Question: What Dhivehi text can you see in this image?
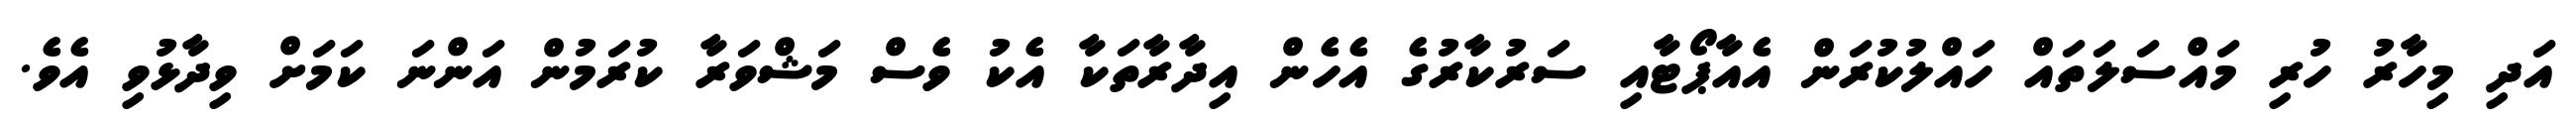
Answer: އަދި މިހާރު ހުރި މައްސަލަތައް ހައްލުކުރަން އެއާޕޯޓާއި ސަރުކާރުގެ އެހެން އިދާރާތަކާ އެކު ވެސް މަޝްވަރާ ކުރަމުން އަންނަ ކަމަށް ވިދާޅުވި އެވެ.